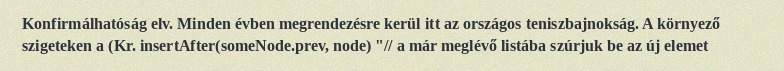
Konfirmálhatóság elv. Minden évben megrendezésre kerül itt az országos teniszbajnokság. A környező szigeteken a (Kr. insertAfter(someNode.prev, node) "// a már meglévő listába szúrjuk be az új elemet